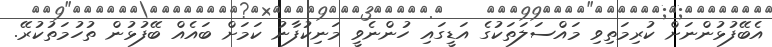
އެބޭފުޅުންނަށް ކުރިމަތިވި މައްސަލަތަކުގެ އަޑީގައި ހުންނެވީ މަނިކުފާނު ކަމަށް ބައެއް ބޭފުޅުން ތުހުމަތުކުރޭ.